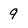
Character: 9